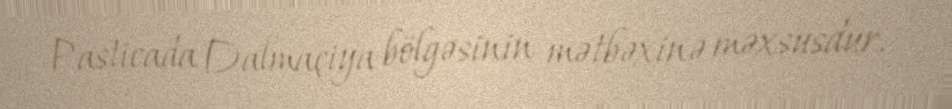
Pasticada Dalmaçiya bölgəsinin mətbəxinə məxsusdur.